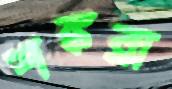
শঙ্করা